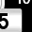
Digit: 5